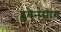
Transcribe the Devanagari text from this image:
ह्ववेनसांग